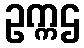
ဥက္ကဌ